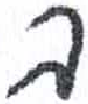
אות: ב